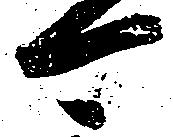
可